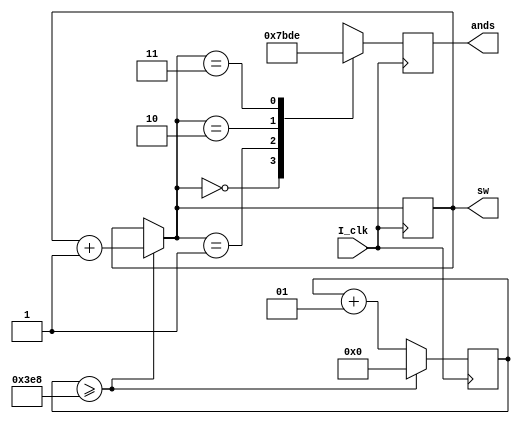
//////////////////////////////////////////////////////////////////////////////////
// Company: 
// Engineer: 
// 
// Design Name: 
// Module Name: clk_div
// Project Name: 
// Target Devices: 
// Tool Versions: 
// Description: 
// 
// Dependencies: 
// 
// Revision:
// Revision 0.01 - File Created
// Additional Comments:
// 
//////////////////////////////////////////////////////////////////////////////////


module clk_div(
    input I_clk, //100MHz
    output reg[1:0]sw,
    output reg[3:0]ands
    );
    integer conter = 0;
    always @(posedge I_clk)begin          
       if(conter>=1000) begin
            conter <= 0;
            sw = sw + 1;
        end
        else
            conter <= conter + 1;
        case(sw)
            0:ands = 4'b0111;
            1:ands = 4'b1011;
            2:ands = 4'b1101;
            3:ands = 4'b1110;
        endcase
    end
endmodule